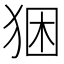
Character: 𤞧